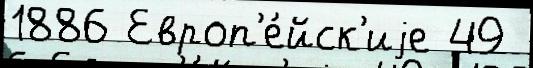
1886 Европ'е́йск'иjе 49